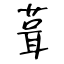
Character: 葺